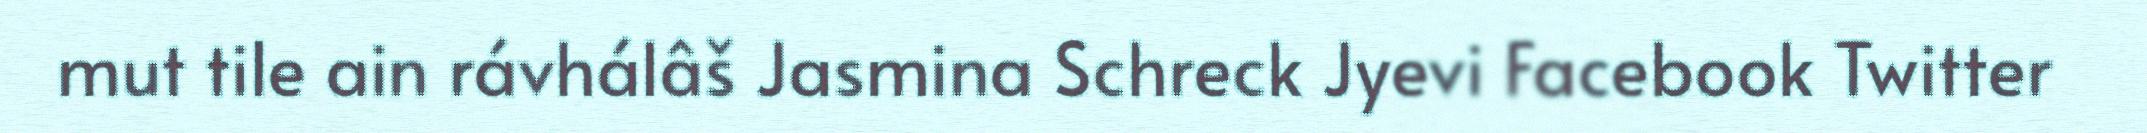
mut tile ain rávhálâš Jasmina Schreck Jyevi Facebook Twitter